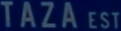
TAZA EST